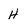
Character: h